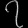
Digit: ၇